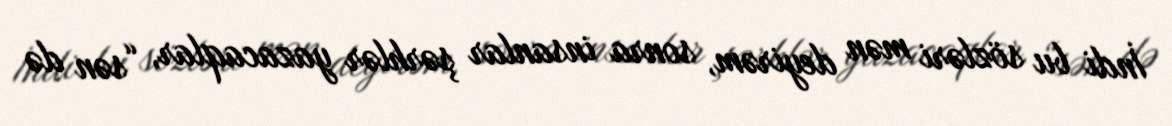
İndi bu sözləri mən deyirəm, sonra insanlar şərhlər yazacaqlar, “sən də